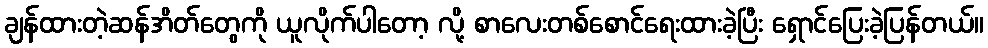
ချန်ထားတဲ့ဆန်အိတ်တွေကို ယူလိုက်ပါတော့ လို့ စာလေးတစ်စောင်ရေးထားခဲ့ပြီး ရှောင်ပြေးခဲ့ပြန်တယ်။